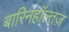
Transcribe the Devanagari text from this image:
बारिनहाॅल्तज़